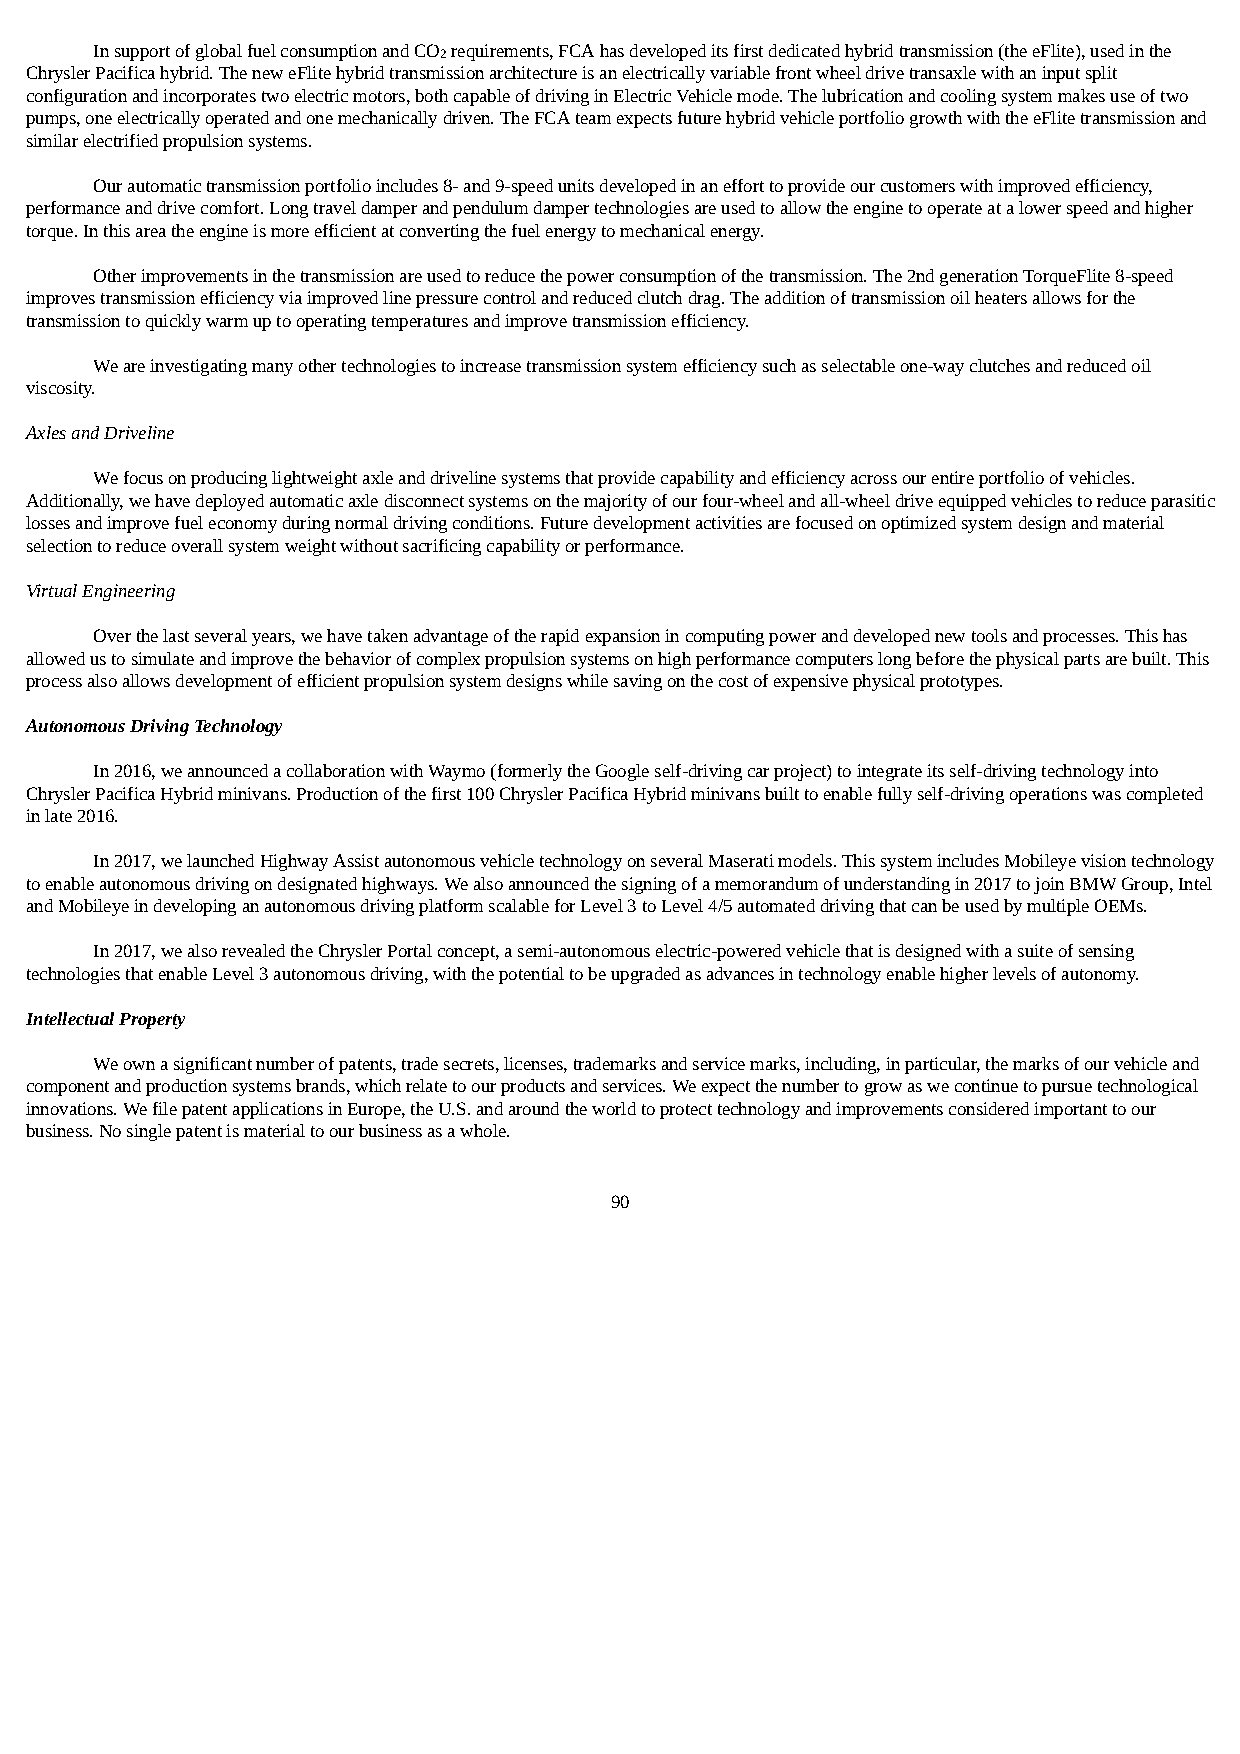
In support of global fuel consumption and CO2 requirements, FCA has developed its first dedicated hybrid transmission (the eFlite), used in the
 Chrysler Pacifica hybrid. The new eFlite hybrid transmission architecture is an electrically variable front wheel drive transaxle with an input split
 configuration and incorporates two electric motors, both capable of driving in Electric Vehicle mode. The lubrication and cooling system makes use of two
 pumps, one electrically operated and one mechanically driven. The FCA team expects future hybrid vehicle portfolio growth with the eFlite transmission and
 similar electrified propulsion systems.
 Our automatic transmission portfolio includes 8- and 9-speed units developed in an effort to provide our customers with improved efficiency,
 performance and drive comfort. Long travel damper and pendulum damper technologies are used to allow the engine to operate at a lower speed and higher
 torque. In this area the engine is more efficient at converting the fuel energy to mechanical energy.
 Other improvements in the transmission are used to reduce the power consumption of the transmission. The 2nd generation TorqueFlite 8-speed
 improves transmission efficiency via improved line pressure control and reduced clutch drag. The addition of transmission oil heaters allows for the
 transmission to quickly warm up to operating temperatures and improve transmission efficiency.
 We are investigating many other technologies to increase transmission system efficiency such as selectable one-way clutches and reduced oil
 viscosity.
 Axles and Driveline
 We focus on producing lightweight axle and driveline systems that provide capability and efficiency across our entire portfolio of vehicles.
 Additionally, we have deployed automatic axle disconnect systems on the majority of our four-wheel and all-wheel drive equipped vehicles to reduce parasitic
 losses and improve fuel economy during normal driving conditions. Future development activities are focused on optimized system design and material
 selection to reduce overall system weight without sacrificing capability or performance.
 Virtual Engineering
 Over the last several years, we have taken advantage of the rapid expansion in computing power and developed new tools and processes. This has
 allowed us to simulate and improve the behavior of complex propulsion systems on high performance computers long before the physical parts are built. This
 process also allows development of efficient propulsion system designs while saving on the cost of expensive physical prototypes.
 Autonomous Driving Technology
 In 2016, we announced a collaboration with Waymo (formerly the Google self-driving car project) to integrate its self-driving technology into
 Chrysler Pacifica Hybrid minivans. Production of the first 100 Chrysler Pacifica Hybrid minivans built to enable fully self-driving operations was completed
 in late 2016.
 In 2017, we launched Highway Assist autonomous vehicle technology on several Maserati models. This system includes Mobileye vision technology
 to enable autonomous driving on designated highways. We also announced the signing of a memorandum of understanding in 2017 to join BMW Group, Intel
 and Mobileye in developing an autonomous driving platform scalable for Level 3 to Level 4/5 automated driving that can be used by multiple OEMs.
 In 2017, we also revealed the Chrysler Portal concept, a semi-autonomous electric-powered vehicle that is designed with a suite of sensing
 technologies that enable Level 3 autonomous driving, with the potential to be upgraded as advances in technology enable higher levels of autonomy.
 Intellectual Property
 We own a significant number of patents, trade secrets, licenses, trademarks and service marks, including, in particular, the marks of our vehicle and
 component and production systems brands, which relate to our products and services. We expect the number to grow as we continue to pursue technological
 innovations. We file patent applications in Europe, the U.S. and around the world to protect technology and improvements considered important to our
 business. No single patent is material to our business as a whole.
 90